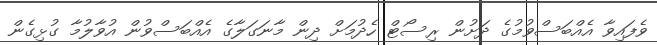
ވެފައިވާ އެއްބަސްވުމުގެ ދަށުން ރިސޯޓް ހެދުމަށް ދިން މާނަގަލާގެ އެއްބަސްވުން އުވާލުމާ ގުޅިގެން